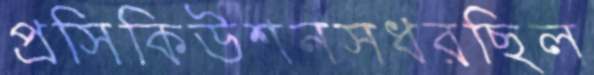
প্রসিকিউশনসধরছিল